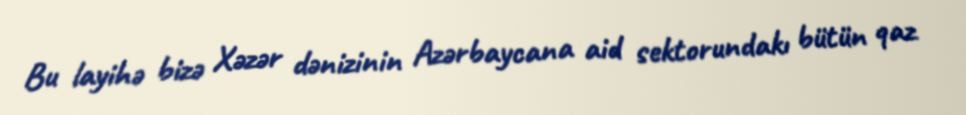
Bu layihə bizə Xəzər dənizinin Azərbaycana aid sektorundakı bütün qaz